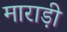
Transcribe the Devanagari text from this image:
माराड़ी